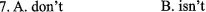
7.A. Don't B. isn't